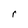
Character: r